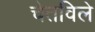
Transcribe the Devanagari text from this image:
चेतविले